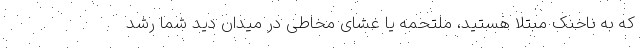
که به ناخنک مبتلا هستید، ملتحمه یا غشای مخاطی در میدان دید شما رشد